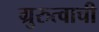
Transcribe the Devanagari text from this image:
ग्रुरुत्वाची